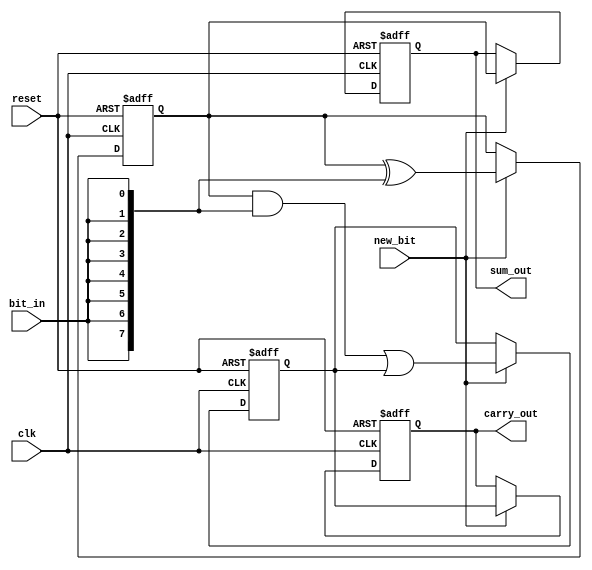
module CarrySaveAdder (
    input wire clk,               // Clock signal
    input wire reset,             // Reset signal
    input wire new_bit,           // Control signal indicating a new bit is available
    input wire bit_in,            // Serial input bit
    output reg [7:0] sum_out,     // Output sum (8-bits for demonstration)
    output reg [7:0] carry_out     // Output carry (8-bits for demonstration)
);

    // Internal registers to hold current sum and carry
    reg [7:0] sum;                // Register for the current sum
    reg [7:0] carry;              // Register for the current carry

    always @(posedge clk or posedge reset) begin
        if (reset) begin
            sum <= 8'b0;          // Reset sum to 0
            carry <= 8'b0;        // Reset carry to 0
            sum_out <= 8'b0;      // Reset output sum to 0
            carry_out <= 8'b0;    // Reset output carry to 0
        end else if (new_bit) begin
            // Update carry and sum based on the new input bit
            // The carry is computed as the AND of the bit_in and the current sum
            carry <= (sum & {8{bit_in}}) | carry;
            // The sum is computed using XOR
            sum <= sum ^ {8{bit_in}};

            // Update outputs
            sum_out <= sum;
            carry_out <= carry;
        end
    end

endmodule